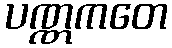
ပဏ္ဏကတေ